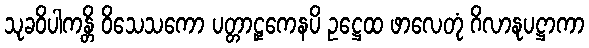
သုခဝိပါကန္တိ ဝိသေသကော ပတ္တာဠှကေနပိ ဥဋ္ဌေထ ဖာလေတုံ ဂိလာနုပဋ္ဌာကာ